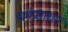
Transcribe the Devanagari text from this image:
चर्मप्रसाधन